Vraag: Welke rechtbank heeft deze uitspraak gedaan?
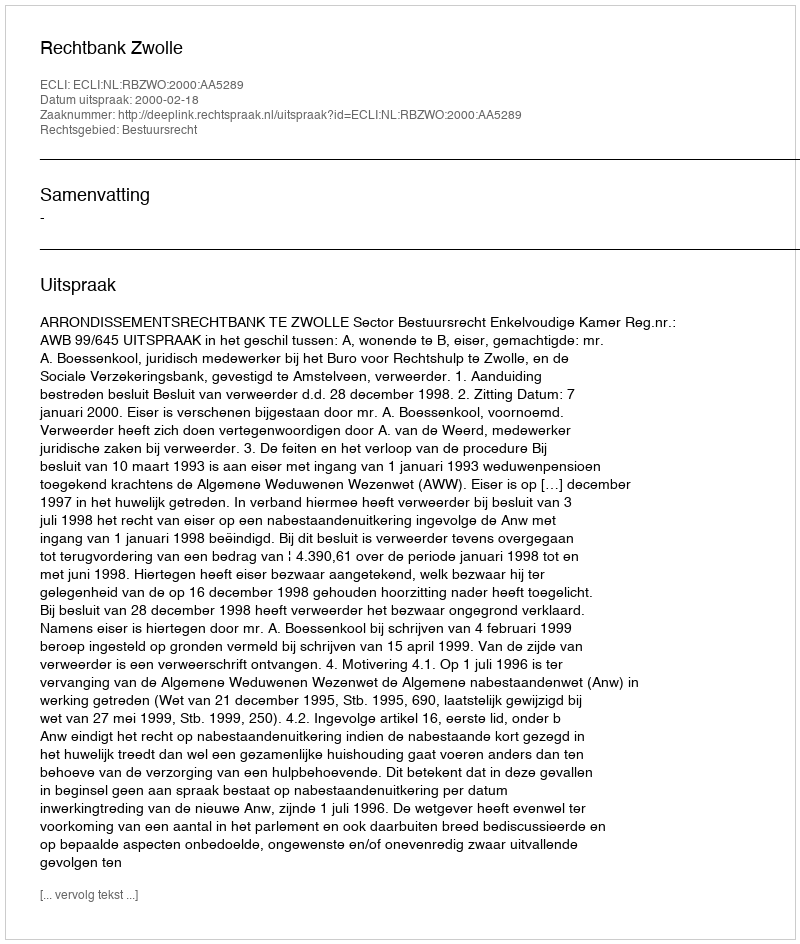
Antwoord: Rechtbank Zwolle